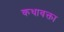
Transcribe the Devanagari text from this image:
कथावक्ता